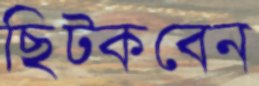
ছিট্‌কবেন